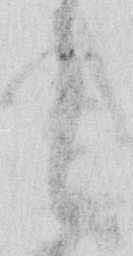
候